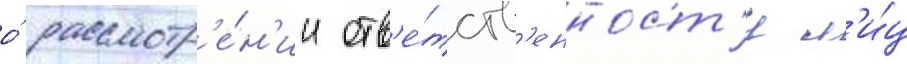
о́ рассмотр'е́н'ии отв'е́тств'енност'и л'и́ц